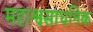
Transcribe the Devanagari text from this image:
महाश्वसाधनिक